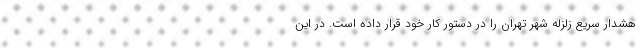
هشدار سریع زلزله شهر تهران را در دستور کار خود قرار داده است. در این